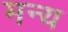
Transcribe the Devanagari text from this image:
मन्य